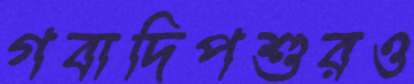
গবাদিপশুরও